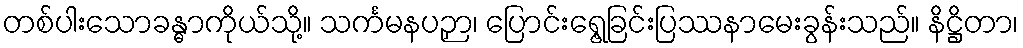
တစ်ပါးသောခန္ဓာကိုယ်သို့။ သင်္ကမနပဉှာ၊ ပြောင်းရွေ့ခြင်းပြဿနာမေးခွန်းသည်။ နိဋ္ဌိတာ၊